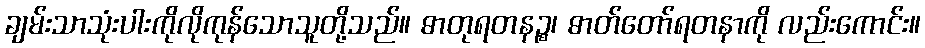
ချမ်းသာသုံးပါးကိုလိုကုန်သောသူတို့သည်။ ဓာတုရတနဉ္စ၊ ဓာတ်တော်ရတနာကို လည်းကောင်း။